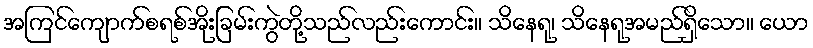
အကြင်ကျောက်စရစ်အိုးခြမ်းကွဲတို့သည်လည်းကောင်း။ သိနေရု၊ သိနေရုအမည်ရှိသော။ ယော